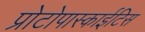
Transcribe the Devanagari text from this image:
प्रोटोपास्काईटिस